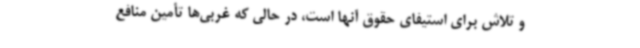
و تلاش برای استیفای حقوق آنها است، در حالی که غربی‌ها تأمین منافع